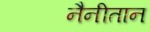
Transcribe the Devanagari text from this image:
नैनीतान